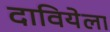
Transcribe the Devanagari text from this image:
दावियेला